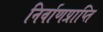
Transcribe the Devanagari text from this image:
निर्वाणप्राप्ति